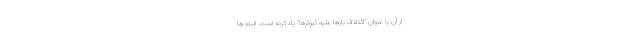
از آن با عنوان "ائتلاف بازها علیه کبوترها" یاد کرده است. البته ها